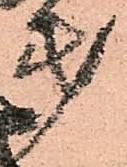
第